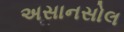
અસાનસોલ